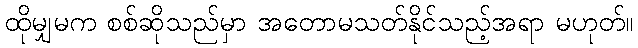
ထိုမျှမက စစ်ဆိုသည်မှာ အတောမသတ်နိုင်သည့်အရာ မဟုတ်။